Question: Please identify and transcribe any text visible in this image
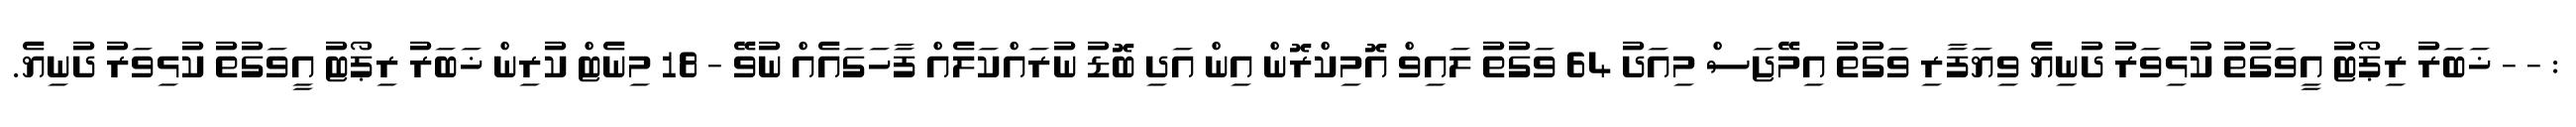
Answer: : - - ޚަބަރު ރިޕޯޓު އީވަގުތު ކުޅިވަރު ދުނިޔެ ވިޔަފާރި ވަގުތު އިމޭޖަސް މިއަދު 64 ވަގުތު ލައިވް އޮމިކްރޮން އިން އަދި ބޮޑު ނުރައްކަލެއް ފާހަގައެއް ނުވޭ - 18 މިނެޓް ކުރިން ޚަބަރު ރިޕޯޓު އީވަގުތު ކުޅިވަރު ދުނިޔެ.